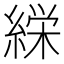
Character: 𮈰